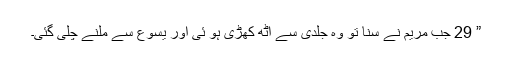
” 29 جب مریم نے سنا تو وہ جلدی سے اٹھ کھڑی ہو ئی اور یسوع سے ملنے چلی گئی۔